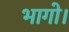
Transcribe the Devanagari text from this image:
भागो।